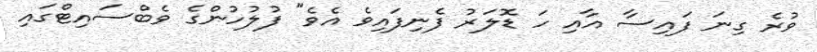
ވުރެ ގިނަ ފައިސާ އާއި ހަ ޑޮލަރު ފެނިފައިވެ އެވެ" ފުލުހުންގެ ވެބްސައިޓްގައި